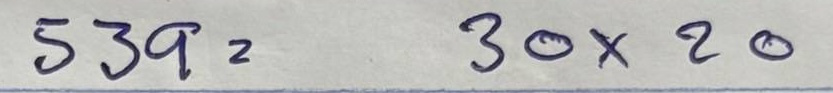
539 = 30x20